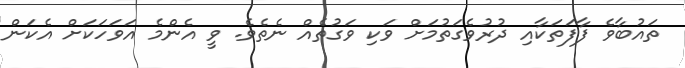
ތައުބާވެ ފާފަތަކާއި ދުރުވެގަތުމަށް ވަކި ވަގުތެއް ނެތެވެ. ވީ އެންމެ އަވަހަކަށް އެކަން